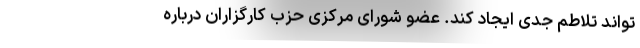
‌تواند تلاطم جدی ایجاد کند. عضو شورای مرکزی حزب کارگزاران درباره